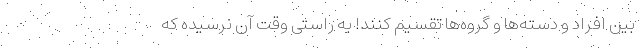
بین افراد و دسته‌ها و گروه‌ها تقسیم کنند! به راستی وقت آن نرسیده که